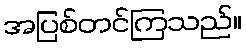
အပြစ်တင်ကြသည်။